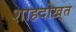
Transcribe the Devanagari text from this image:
शाहदोख़्त